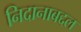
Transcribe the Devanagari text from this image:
निदानाबद्दल